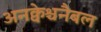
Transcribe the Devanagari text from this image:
अनक्वेश्चनैबल